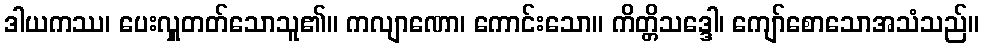
ဒါယကဿ၊ ပေးလှူတတ်သောသူ၏။ ကလျာဏော၊ ကောင်းသော။ ကိတ္တိသဒ္ဒေါ၊ ကျော်စောသောအသံသည်။